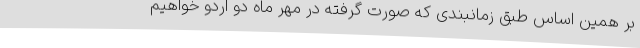
بر همین اساس طبق زمانبندی که صورت گرفته در مهر ماه دو اردو خواهیم